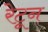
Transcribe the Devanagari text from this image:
रेटून